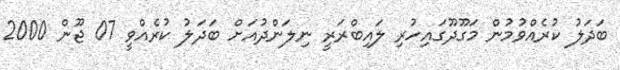
ބަދަލު ކުރެއްވުމުން މަގޫދޫގައިހުރި ލައިބްރަރީ ނިލަންދުއަށް ބަދަލު ކުރެއްވީ 07 ޖޫން 2000